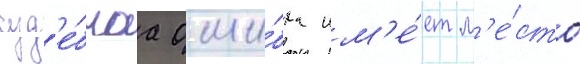
суд'е́бнаа оши́бка им'е́ет м'е́сто